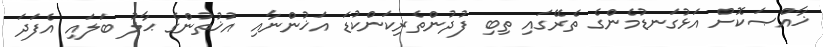
ޚާއްޞަކޮށް އަޅުގަނޑުމެންގެ ތެރޭގައި ތިބި ފުދުންތެރިކަންކުޑަ އަޚުންނާއި އުޚުތުންގެ ޙާލު ބަލައި އެފަދަ